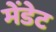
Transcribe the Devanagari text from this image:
मेंडेट